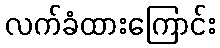
လက်ခံထားကြောင်း